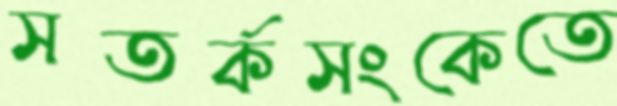
সতর্কসংকেতে